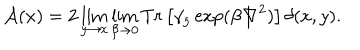
LaTeX: { \cal A } ( x ) = 2 \lim _ { y \rightarrow x } \lim _ { \beta \rightarrow 0 } T r \left[ { \gamma } _ { 5 } \exp ( \beta { \not \! \nabla } ^ { 2 } ) \right] { \delta } ( x , y ) .